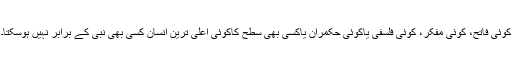
کوئی فاتح، کوئی مفکر، کوئی فلسفی یاکوئی حکمران یاکسی بھی سطح کاکوئی اعلی ترین انسان کسی بھی نبی کے برابر نہیں ہوسکتا۔